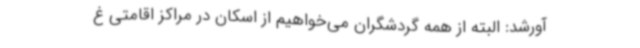
آورشد: البته از همه گردشگران می‌خواهیم از اسکان در مراکز اقامتی غ